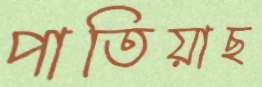
পাতিয়াছ